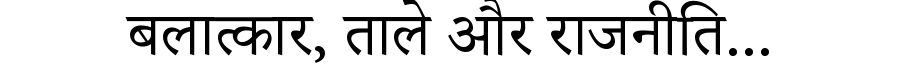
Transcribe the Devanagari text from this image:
बलात्कार, ताले और राजनीति...